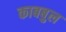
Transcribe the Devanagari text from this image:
काबबुल